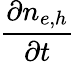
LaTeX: \frac{\partial n_{e,h}}{\partial t}